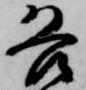
各